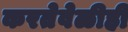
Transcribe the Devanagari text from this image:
करतेवेळीही